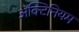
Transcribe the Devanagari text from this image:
अॅक्टिनियम